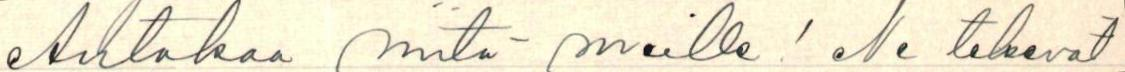
Antakaa niitä meille! Ne tekevät